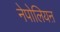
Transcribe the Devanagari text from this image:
नेपोलियऩ